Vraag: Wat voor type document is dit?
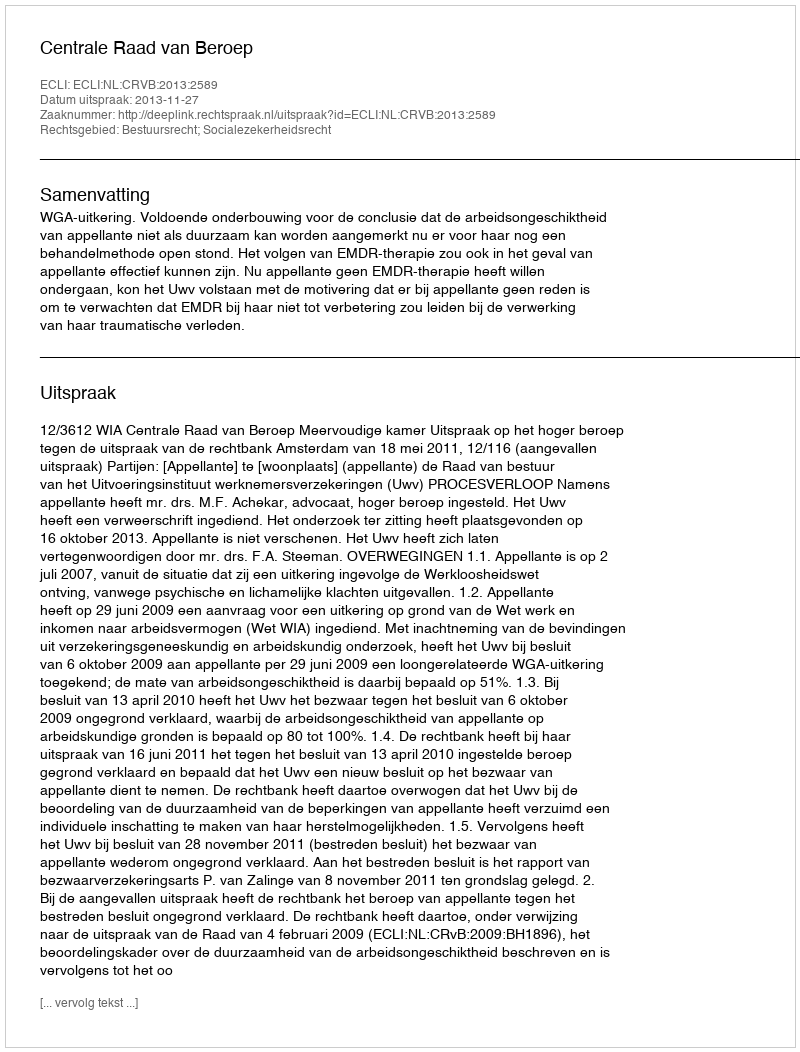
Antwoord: Uitspraak